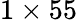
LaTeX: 1\times 55